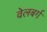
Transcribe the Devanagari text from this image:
वेलबर्ग